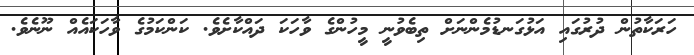
ހަރަކާތުން ދުރުގައި އަޅުގަނޑުމެންނަށް ތިބެވުނީ މީހުންގެ ވާހަކަ ދައްކާށެވެ. ކަންކަމުގެ ވާހަކައެއް ނޫނެވެ.